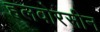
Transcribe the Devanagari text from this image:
हलवोरसीन